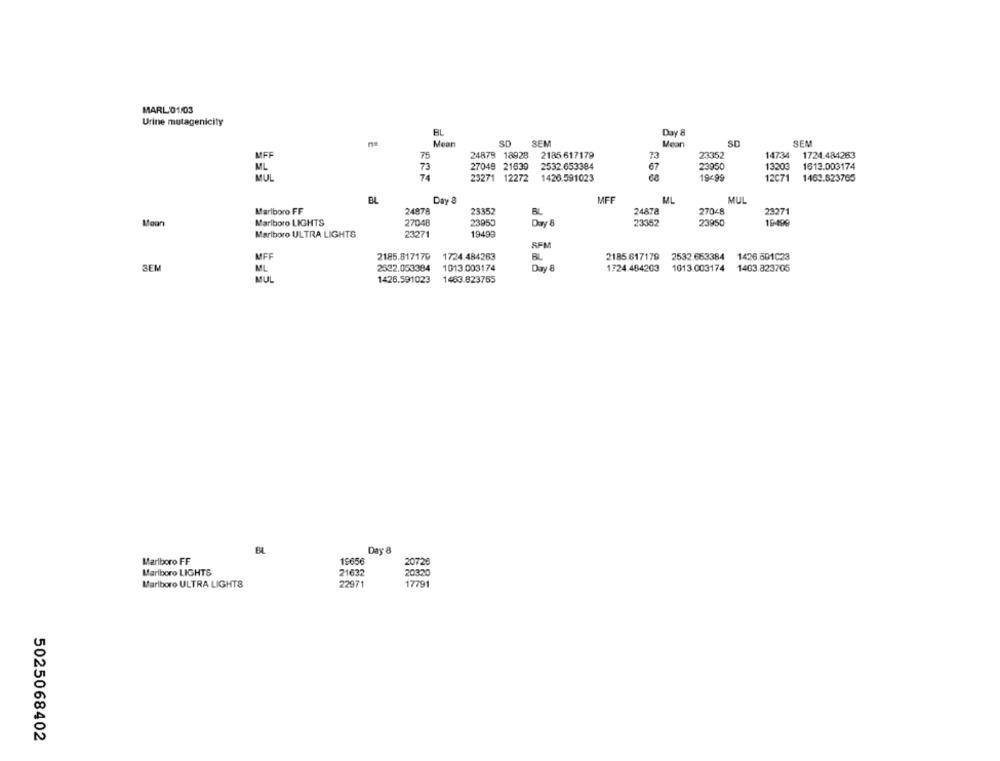
MARL 01/03
Urine mutagenicity
AL
Day 8
Mean
SEM
Mean
SO
SEM
24879 18928
14734
MFF
75
2185.617179
73
23352
1724.484263
73
27049 21639
2532.653384
67
23950
13203
1613.003174
MIL
74
23271 12272
1426.591023
19499
12C71
1463.623765
Day &
MFF
ML
BL
MUL
Marlboro FF
24978
23352
RL
24878
27048
23271
Marlboro LIGHTS
19400
Mean
27048
23955
23352
23950
Marlboro ULTRA LIGHTS
23271
19493
SFM
MFF
2185.817179
1724.484263
BL
2185 617179
2532.663384 1426.601C23
1013.003174
3EM
ML
2532.053384
1724.484203
1013.003174 1403.823705
MUL
1426.591023
1483.823755
BL
Day 8
Marlboro FF
19656
20726
Marlboro LIGHTS
20320
21632
Marlboro ULTRA LIGHTS
22971
17791
5025068402